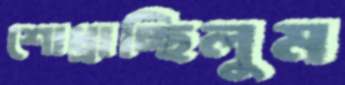
শোধ্‌রাচ্ছিলুম